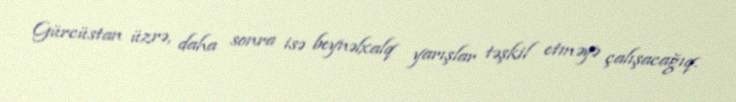
Gürcüstan üzrə, daha sonra isə beynəlxalq yarışlar təşkil etməyə çalışacağıq.